Rangoon Lunatic Asylum 1878-1892 - 1878-1892
Year: 1878
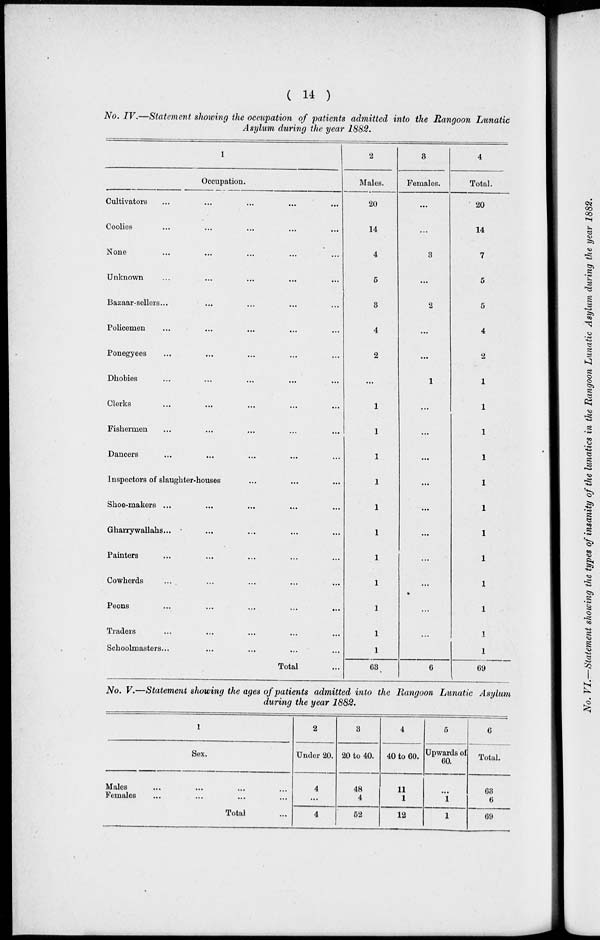
( 14 )
No. IV.—Statement showing the occupation of patients admitted into the Rangoon Lunatic
Asylum during the year 1882.
1
Occupation.
Cultivators ... ... ... ... ...
Coolies ... ... ... ... ...
None ... ... ... ... ...
Unknown ... ... ... ... ...
Bazaar-sellers... ... ... ... ...
Policemen ... ... ... ... ...
Ponegyees ... ... ... ... ...
Dhobies ... ... ... ... ...
Clerks ... ... ... ... ...
Fishermen ... ... ... ... ...
Dancers ... ... ... ... ...
Inspectors of slaughter-houses ... ... ...
Shoe-makers ... ... ... ... ...
Gharrywallahs... ... ... ... ...
Painters ... ... ... ... ...
Cowherds ... ... ... ... ...
Peons ... ... ... ... ...
Traders ... ... ... ... ...
Schoolmasters... ... ... ... ...
Total ...
2
Males.
20
14
4
5
3
4
2
...
1
1
1
1
1
1
1
1
1
1
1
63
3
Females.
...
...
3
...
2
...
...
1
...
...
...
...
...
...
...
...
...
...
6
4
Total.
20
14
7
5
5
4
2
1
1
1
1
1
1
1
1
1
1
1
1
69
No. V.—Statement showing the ages of patients admitted into the Rangoon Lunatic Asylum
during the year 1882.
1
Sex.
Males ... ... ... ...
Females ... ... ... ...
Total ...
2
Under 20.
4
...
4
3
20 to 40.
48
4
52
4
40 to 60.
11
1
12
5
Upwards of
60.
...
1
1
6
Total.
63
6
69